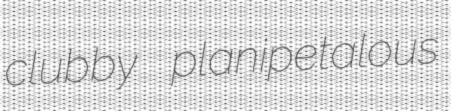
clubby planipetalous